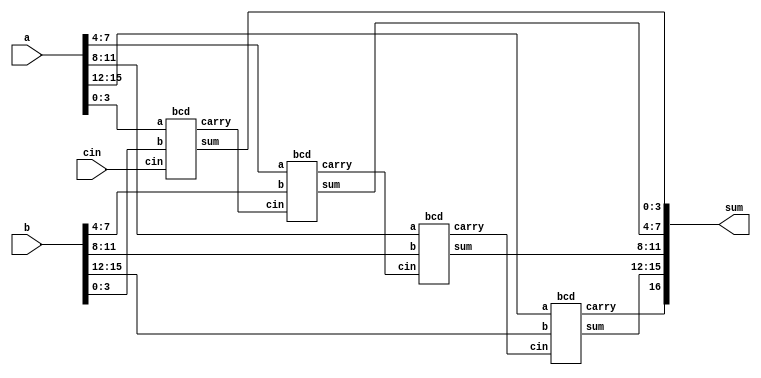
//CUT
module bcd_add ( 
    input [15:0] a, b,
    input cin,
    output [16:0] sum );
    wire carry[3:0];
    genvar i;
    bcd q1(a[3:0],b[3:0],cin,carry[0],sum[3:0]);
    generate for (i=2;i<=4;i=i+1)
        begin:bcd_add
            bcd p1(a[4*i-1:4*(i-1)],b[4*i-1:4*(i-1)],carry[i-2],carry[i-1],sum[4*i-1:4*(i-1)]);
        end
            endgenerate
    assign sum[16]=carry[3];
endmodule
module bcd(input [3:0]a,b,
           input cin,
           output carry,
           output  [3:0]sum);
  wire [3:0] sum1;
    
    wire carry1,carry2;
    assign {carry1,sum1}=a+b+cin;
  
    assign {carry2,sum}=(carry1)|(sum1[3]&sum1[2] | sum1[3]&sum1[1])? (sum1+4'b0110):sum1;
    assign carry =carry1|carry2|1'b0;
  //  assign {carry,sum}=(carry1)|(sum>9)? (sum1+4'b0110):sum1;
    
endmodule